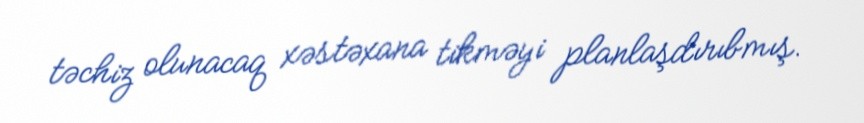
təchiz olunacaq xəstəxana tikməyi planlaşdırıbmış.